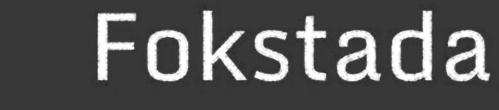
Fokstada